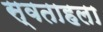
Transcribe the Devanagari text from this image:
स्वताहला